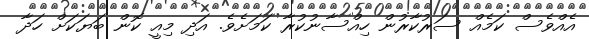
އެއްވެސް ކަމެއް ސަރުކާރުން ހިއްސާނުކުރާ ކަމަށެވެ. އަދި މިއީ ކޮން ބަޔަކަށް ހަދާ